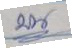
บน